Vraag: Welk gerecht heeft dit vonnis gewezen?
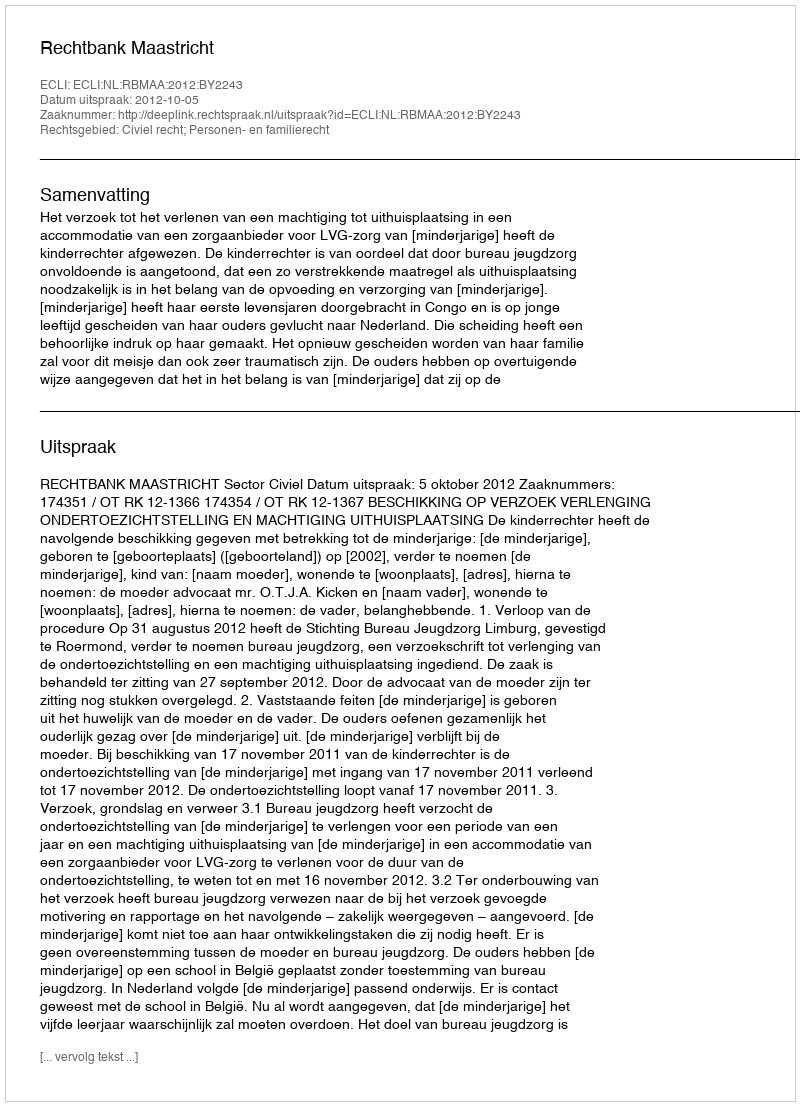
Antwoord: Rechtbank Maastricht